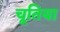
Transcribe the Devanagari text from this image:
चूतिया